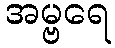
အမ္ဗရေ